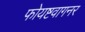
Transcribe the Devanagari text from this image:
फोयष्टवागनर